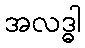
အလဒ္ဓါ